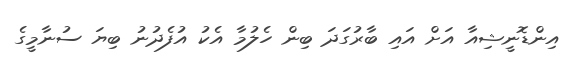
އިންޑޮނީޝިއާ އަށް އައި ބާރުގަދަ ބިން ހެލުމާ އެކު އުފެދުނު ބިޔަ ސުނާމީގެ